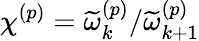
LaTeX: \chi^{\left(p\right)}=\widetilde{\omega}_{k}^{\left(p\right)}/\widetilde{\omega}_{k+1}^{\left(p\right)}